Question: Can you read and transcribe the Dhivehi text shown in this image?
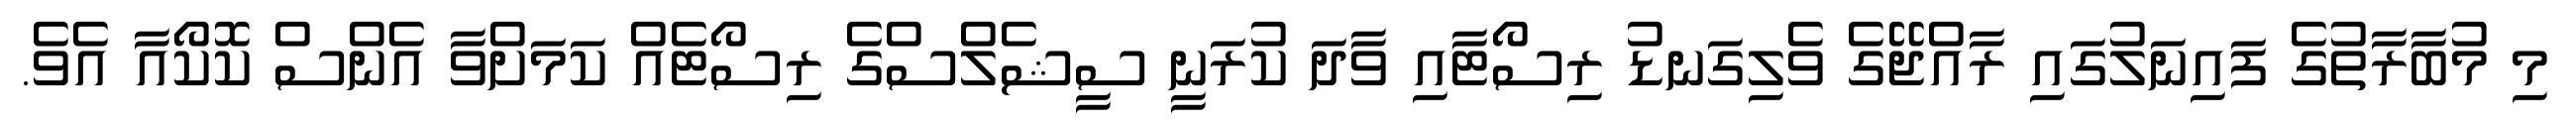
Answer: މި މުބާރާތުގެ ފައިނަލުގައި ރާއްޖޭގެ ވެލިގަނޑު ރިސޯޓާއި ވާދަ ކުރަނީ ސީޝެލްސްގެ ރިސޯޓެއް ކަމަށްވާ އެންސް ކޮކޯއާ އެވެ.